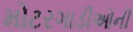
મોટરગાડીઓની